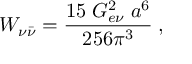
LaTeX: { \cal W } _ { \nu { \bar { \nu } } } = \frac { 1 5 \; G _ { e \nu } ^ { 2 } \; a ^ { 6 } } { 2 5 6 \pi ^ { 3 } } \; ,